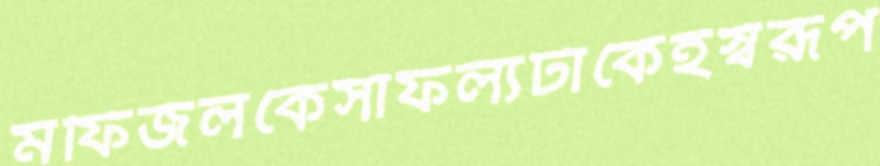
মফিজলকেসাফল্যটাকেইস্বরূপ